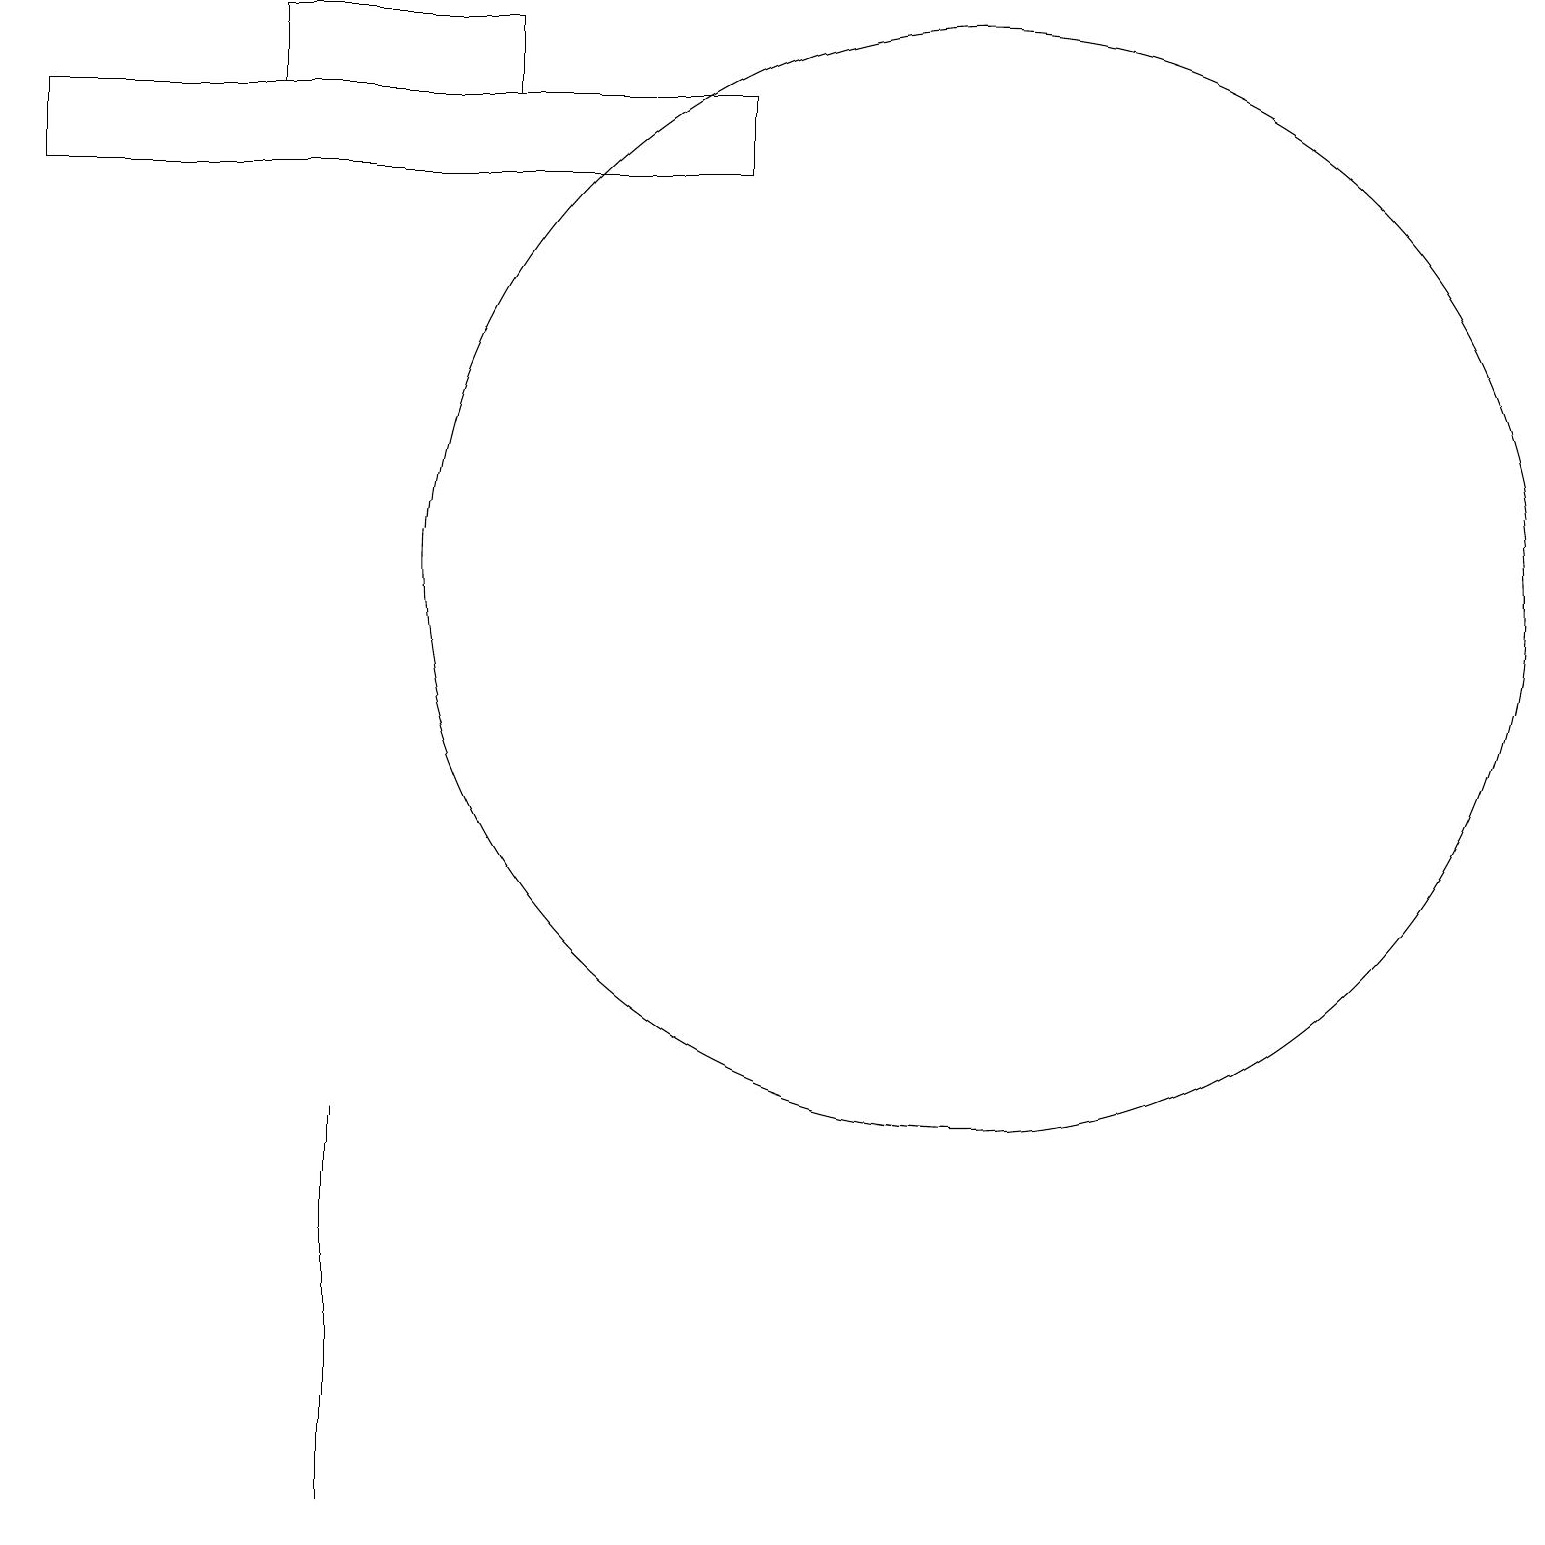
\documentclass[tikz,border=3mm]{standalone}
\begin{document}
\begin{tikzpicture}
\draw (0,18) rectangle (9,17);
\draw (12,12) circle (7);
\draw (4,1) -- (4,0) -- (4,5) -- cycle;
\draw (3,19) rectangle (6,18);
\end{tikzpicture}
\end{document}